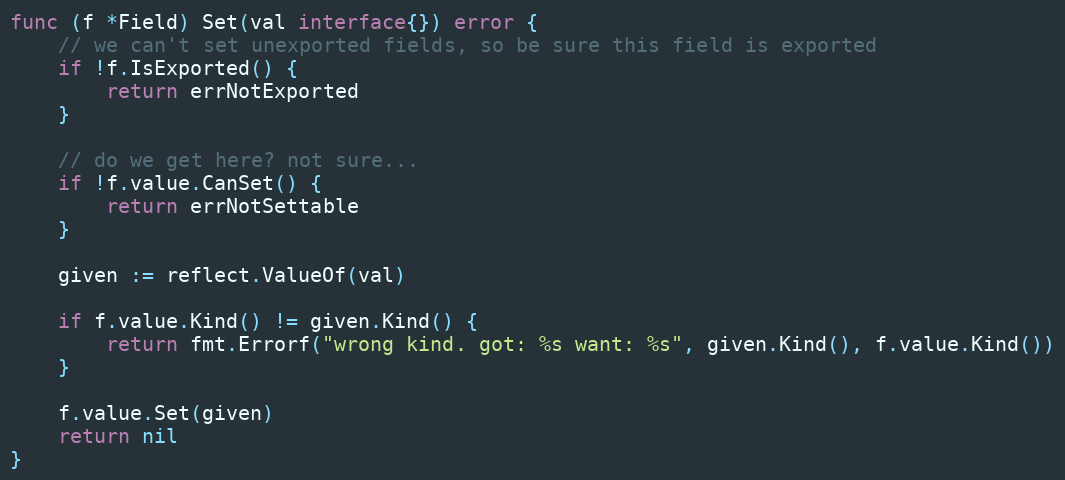
Language: Go
func (f *Field) Set(val interface{}) error {
	// we can't set unexported fields, so be sure this field is exported
	if !f.IsExported() {
		return errNotExported
	}

	// do we get here? not sure...
	if !f.value.CanSet() {
		return errNotSettable
	}

	given := reflect.ValueOf(val)

	if f.value.Kind() != given.Kind() {
		return fmt.Errorf("wrong kind. got: %s want: %s", given.Kind(), f.value.Kind())
	}

	f.value.Set(given)
	return nil
}